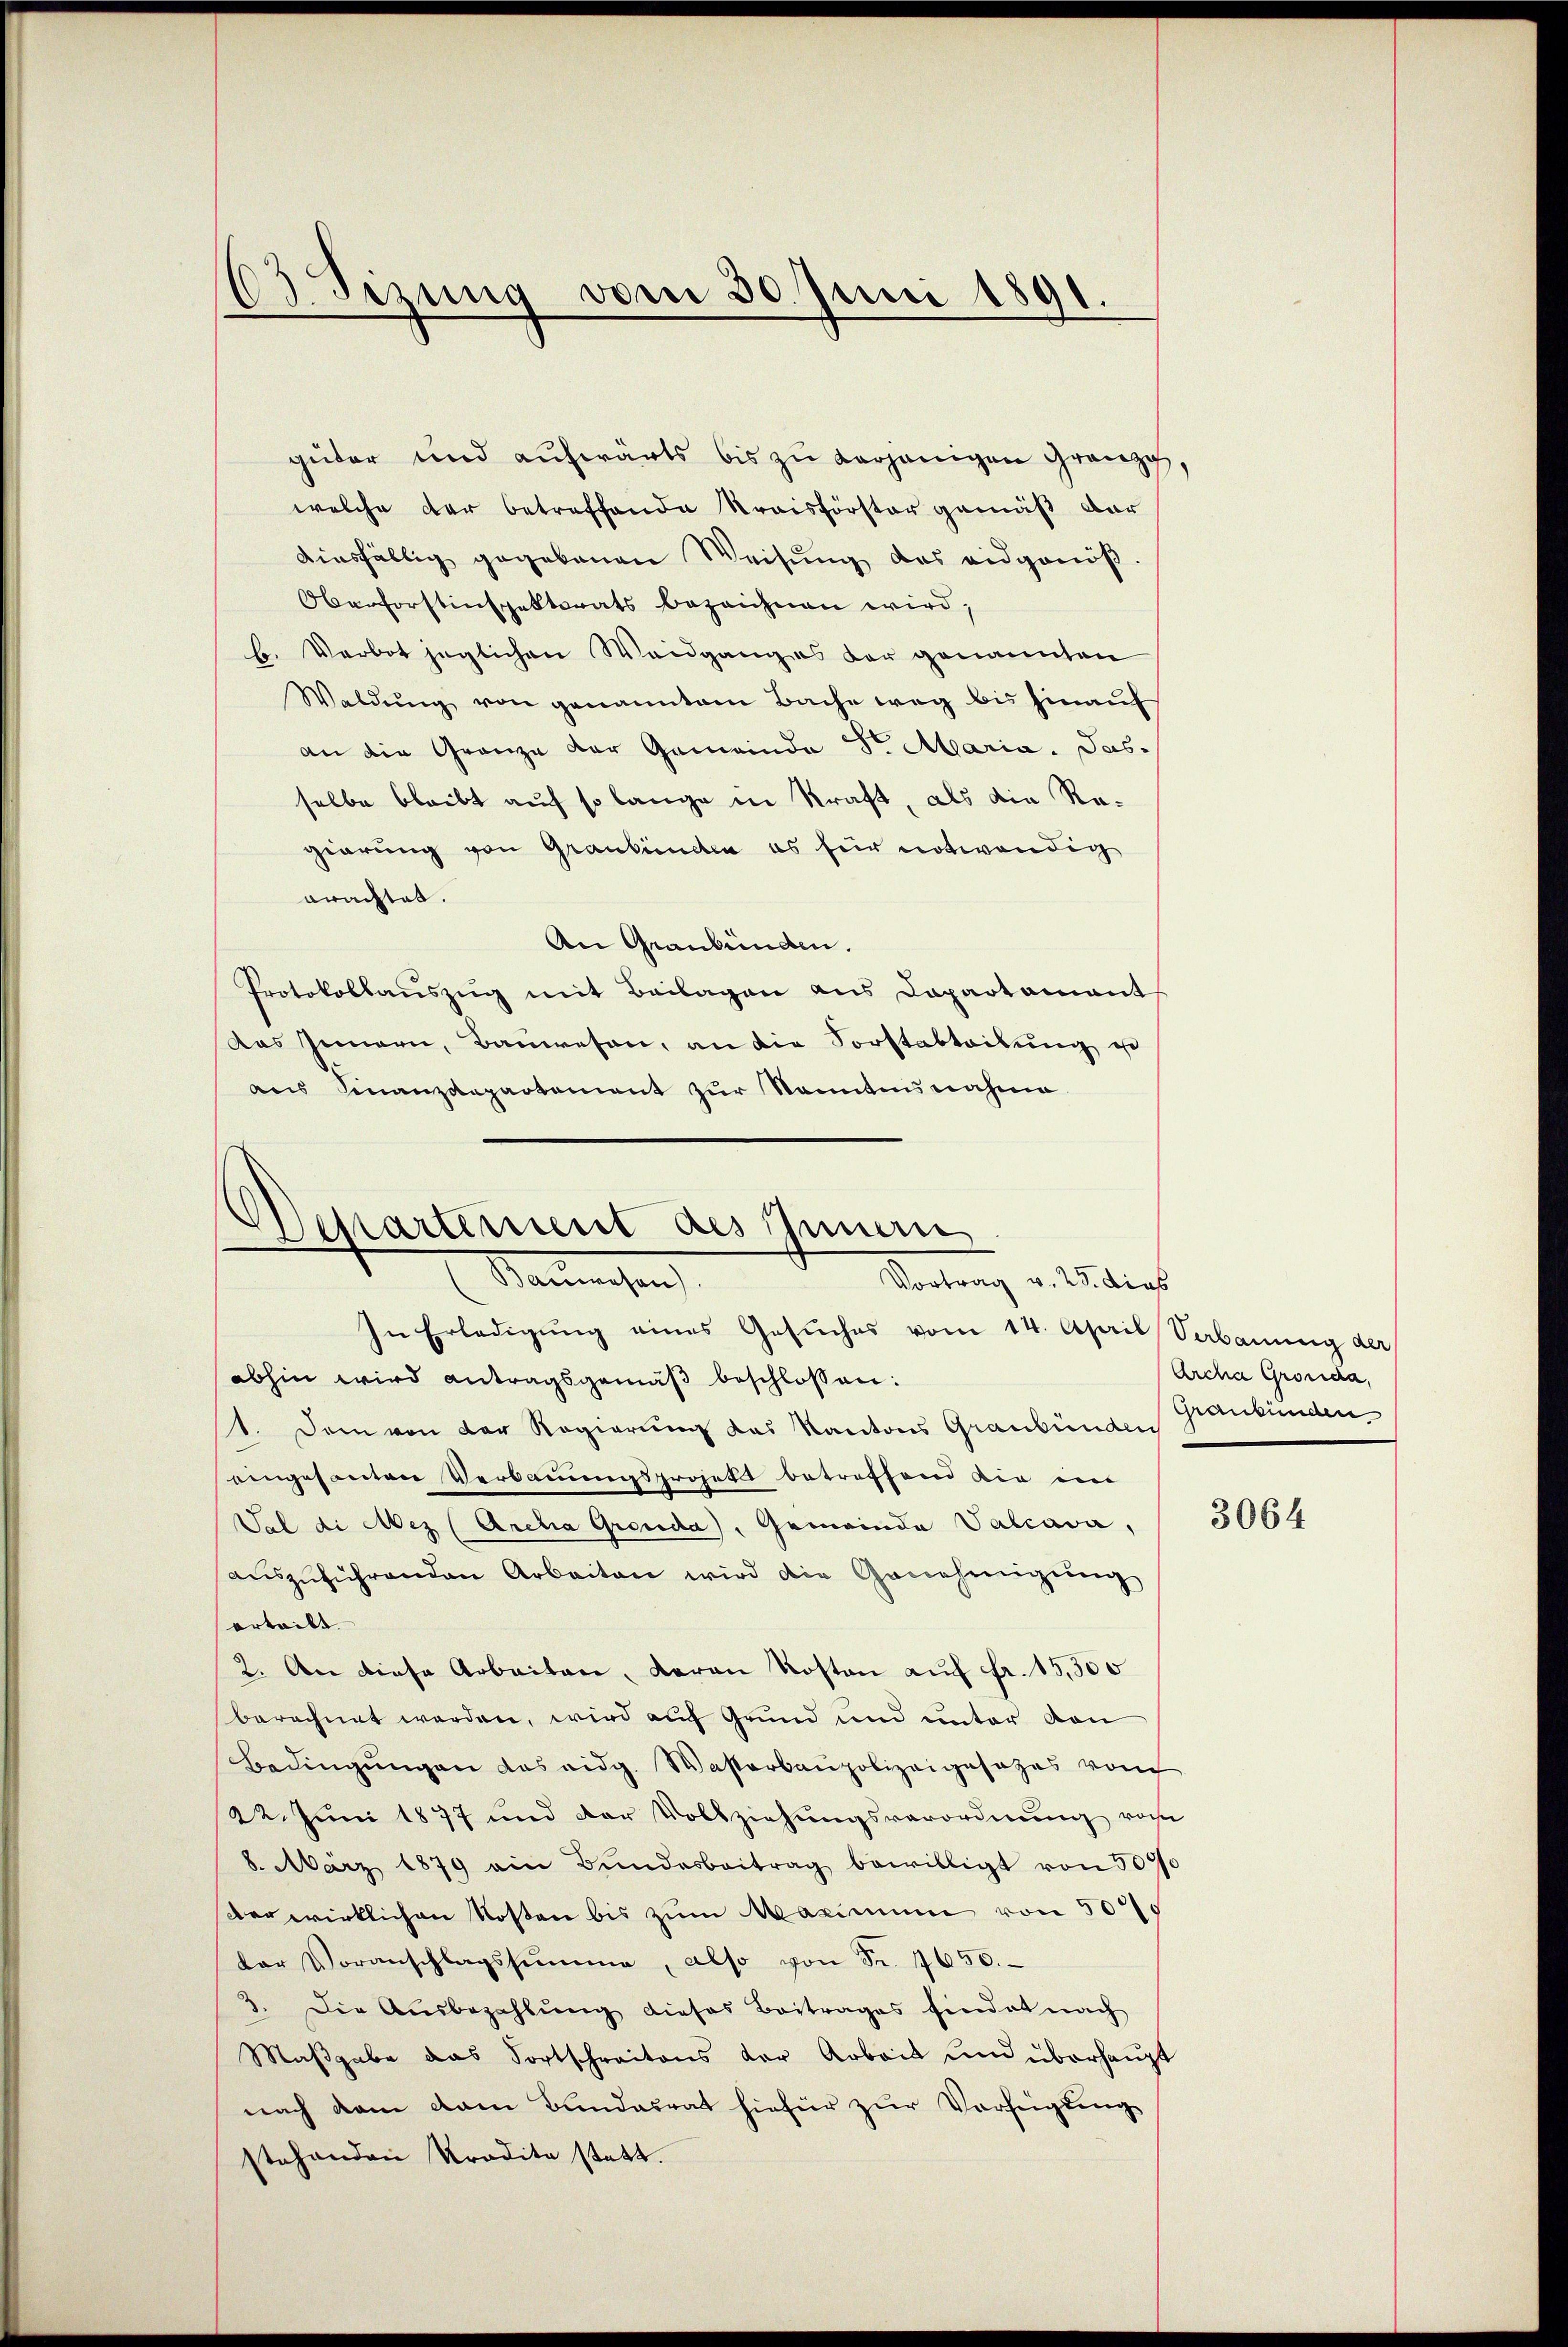
d
Sizung vom 30. Juni 1891.

güter und aufwärts bis zu verjenigen Granzg,
welche dar betreffende Kraisförster gemäß dar
aisfällig gegebenen Weisŭng des eidgenöβ-
Oberforstinspektorats bezeichnen wird,
Hr. Verbot jeglichen Waidganges der genannten
Waldŭng von genanntem Bache weg bis hinaŭf
an die Grenze der Gemeinde Sr. Maria. Pas-
selbe bleibt auf so lange in Kraft, als die Regierung von Graubünden ab für notwendig
orachtet.
An Graubünden.
Protokollaŭszŭg mit Beilagen aus Dapartamant
Das Innern, Bauwesen, an die Forstabteilung e
aus Finanzdepartement zur Sonnten nahme

Departement des Innern
E Stammenhan
Vortrag v. 23. dies

In Erledigŭng eines Gesŭches vom 14. April Verbauung der
abhin wird antragsgemäβ beschlossen:
1. Dem von der Regierung das Kantons Graubünden
eingesanten Verbauungsprojekt betreffend die ein
Val di Mez (Archia Gronda, Gemeinde Valcava,
aŭszŭführenden Arbeiten wird die Genehmigung
erteilt. |
2. An diese Arbeiten, daran Kosten auf Fr. 15,500
berechnet werden, wird auf Grund und unter von
Bedingŭngen das eidg. Wasserbaupolizeigesezes vom
22. Juni 1877 und der Vollziehungsverordnung von
8. März 1879 ein Bŭndesbeitrag bewilligt von 500fr
der wirklichen Kosten bis zum Maximum von 50
der Voranschlagssumme, also von Fr. 17650.
3. Die Ausbezahlŭng dieses Beitrages findet nach
Maβgabe das Fortschreitens der Arbeit und überhaupt
nach dem vom Bundesrat hiefür zur Verfügung
stehenden Tradita statt.

Archa Grosida,
Graubünden

3064